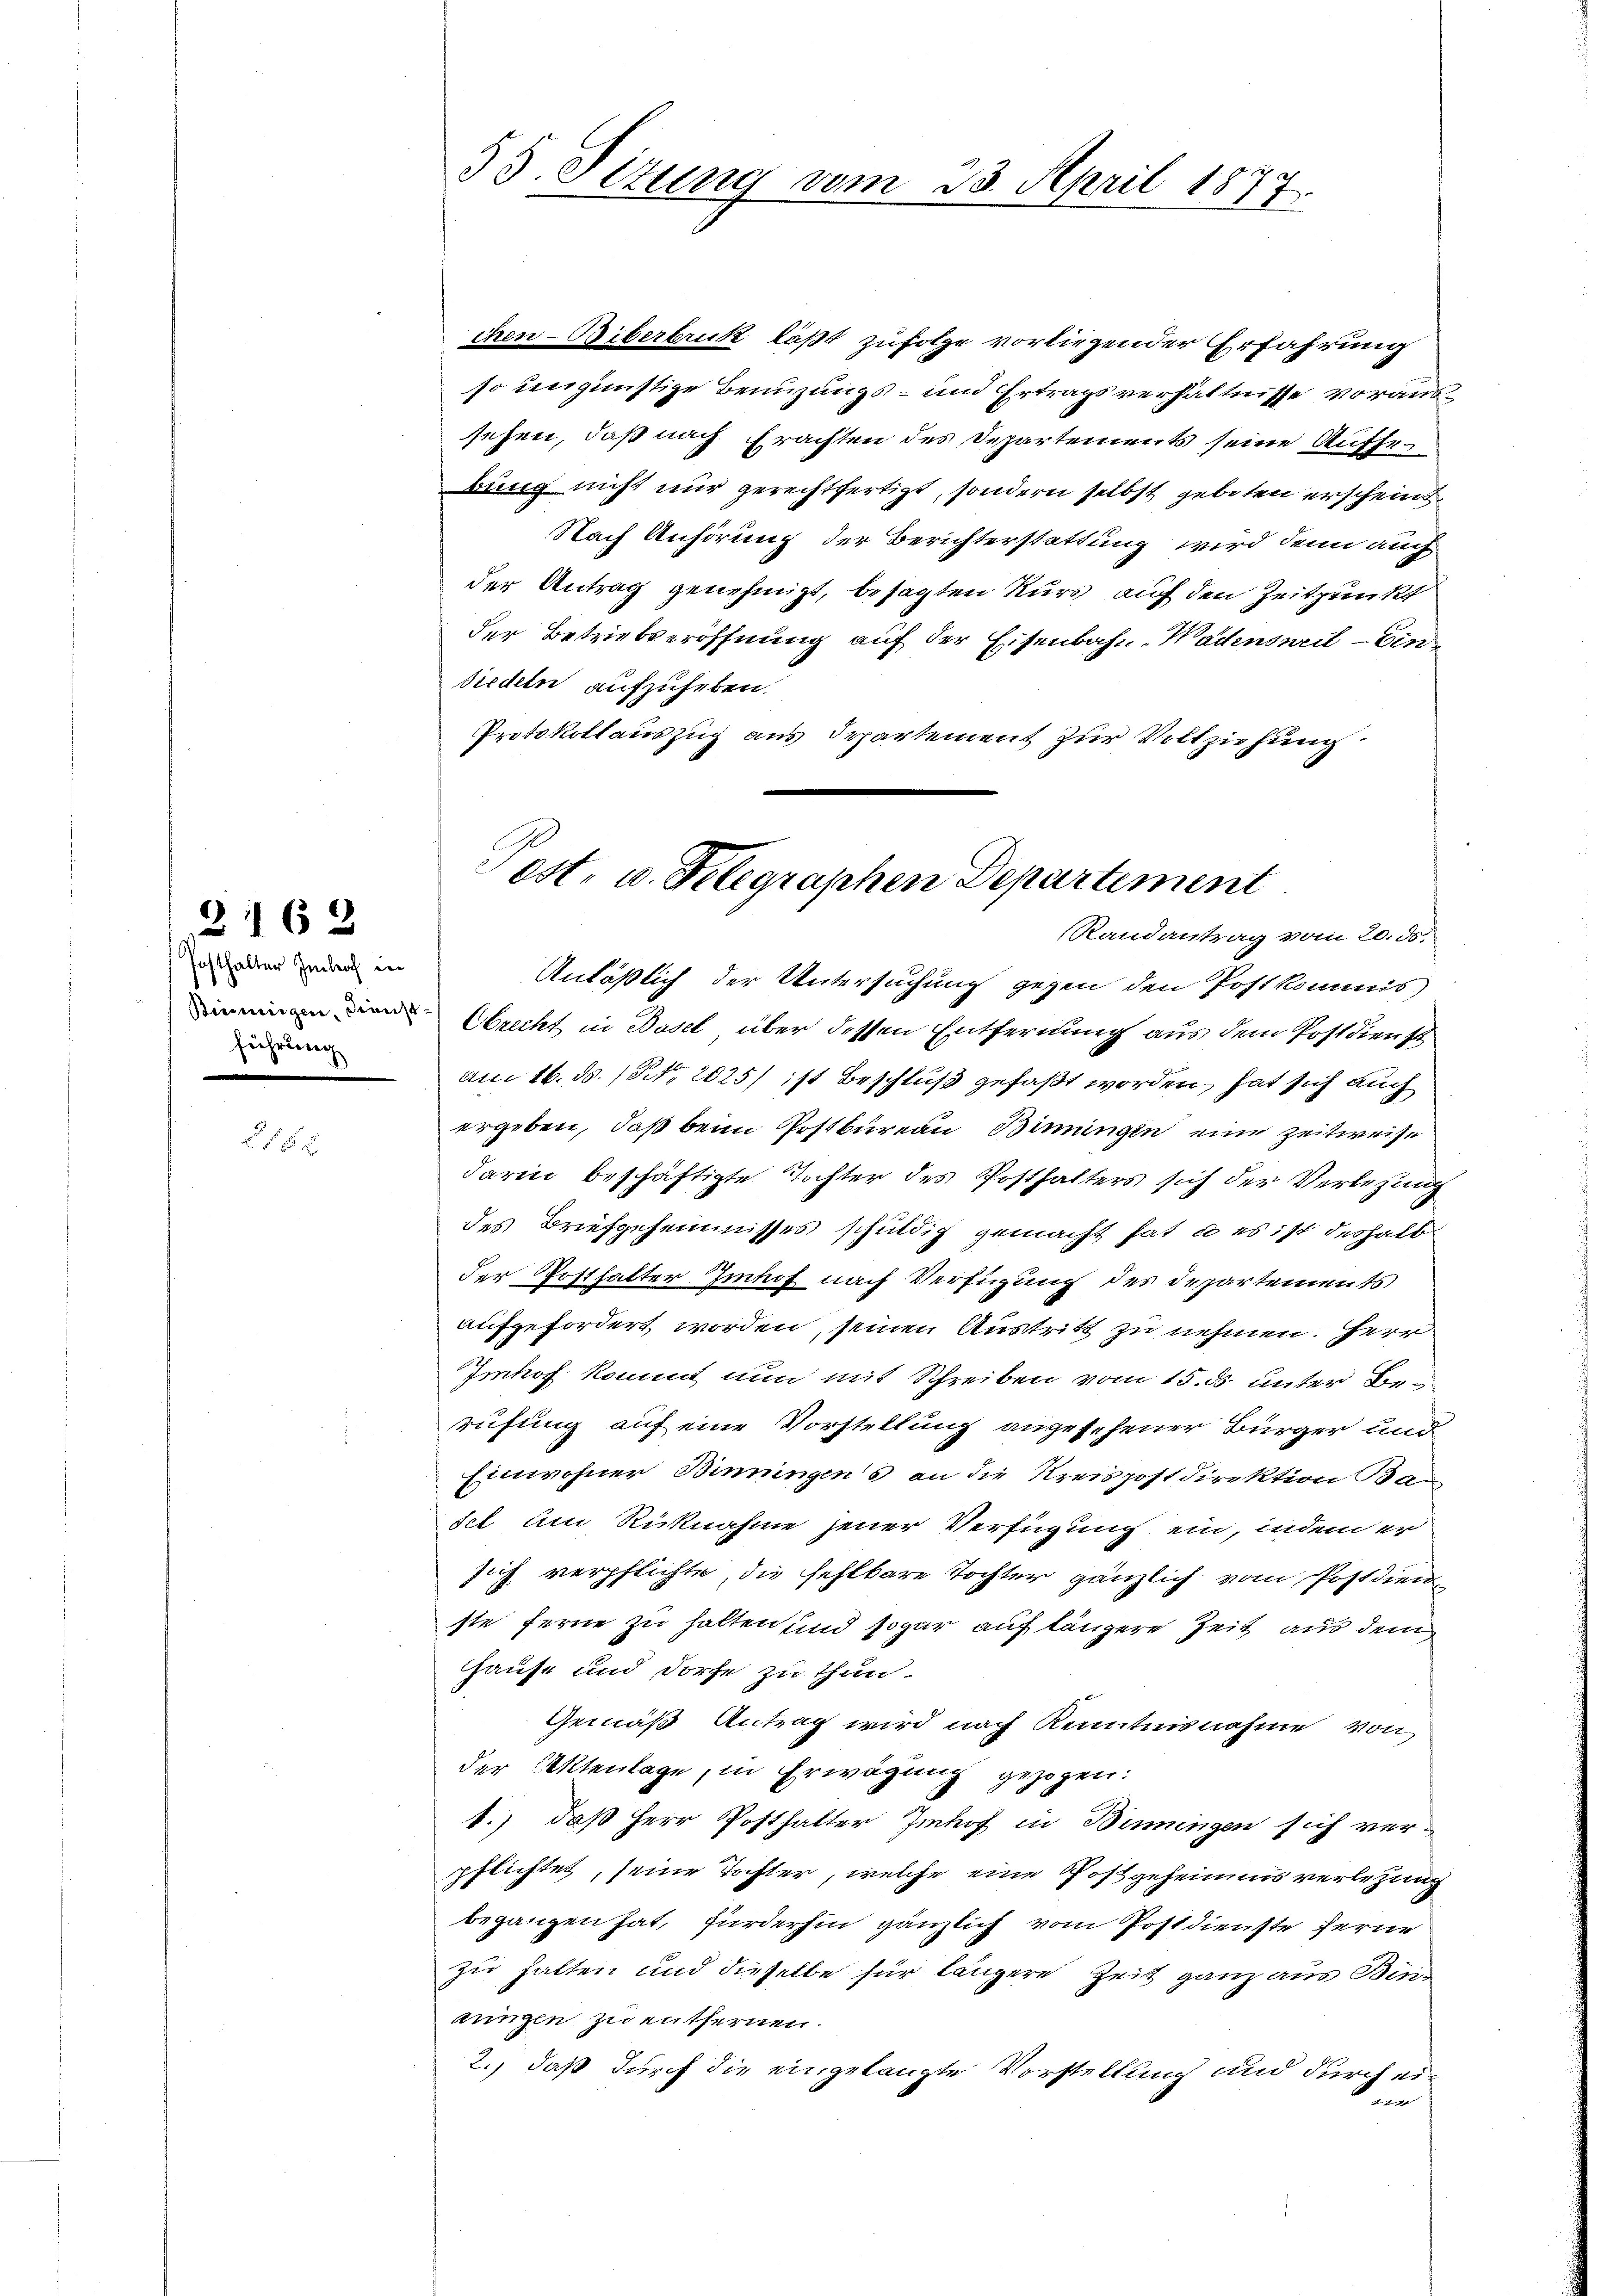
2162

hosthalter Imhof in
führung

2182

53. Sizung vom 23. April 1877.

Pest. u. Telegraphen Departement
Randantrag vom 20. ds.

chen - Biberbruck läßt zufolge vorliegender Erfahrung
so ungünstige Benuzungs- und Ertragsverhältnisse voraussehen, daß nach Erachten des Departements seine Aufhebung nicht nur gerechtfertigt, sondern selbst geboten erscheint
Nach Anhörung der Berichterstattung wird denn auch
der Antrag genehmigt, besagten Kurs auf den Zeitpunkt
der Betriebseröffnung auf der Eisenbahn- Wadenseit - Ein¬
Niedeln aufzuheben.
Protokollauszug aus Departement zur Vollziehung

Anläßlich der Untersuchung gegen den Postkommis
Obrecht in Basel über dessen Entfernung aus dem Postdienst
Am 16. d. 15. 2025) ist Beschluß gefaßt worden, hat sich auch
ergeben, daß beim Postbureau, Binnungen eine Zeitweise
darin beschäftigte Tochter des Posthalters sich der Verlegung
des Briefgeheimisses schuldig gemacht hat, u es ist deshalb
der Posthalter Imhof nach Verfügung des Departements
aufgefordert worden, seinen Austritt zu nehmen. Herr
Imhof kommt nun mit Schreiben vom 15. ds. unter Berufung auf eine Vorstellung angesehener Bürger und
Einwohner Binningens an die Kreispostdirektion Ba
sch am Rücknahme jener Verfügung ein, indem er
sich verpflichte, die fehlbare Tochter gänzlich vom Postdienste ferne zu halten und sogar auf längere Zeit aus dem
Hause und Dorfe zu thun.
Gemäß Antrag wird nach Kenntnisnahme von
der Aktenlage, in Erwägung gezogen:
1.) daß Herr Posthalter Imhof in Binningen sich verpflichtet, seine Tochter, welche eine Postgeheimis verletzung
begangen hat, fürderhin gänzlich vom Postdienste ferne
zu halten und dieselbe für längere Zeit ganz aus Binnungen zu entfernen.
2., daß durch die eingelangte Vorstellung und durch eix